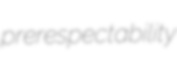
prerespectability